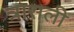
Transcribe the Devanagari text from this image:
त्रासली